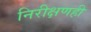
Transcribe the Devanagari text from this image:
निरीक्षणही